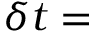
\delta t =